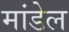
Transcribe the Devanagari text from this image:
मांडेल